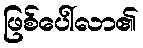
ဖြစ်ပေါ်လာ၏